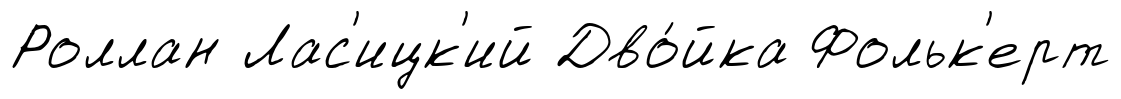
Роллан Лас'ицк'ий Дво́йка Фольк'ерт